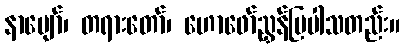
နာပျော်၊ တရားတော်၊ ဟောဖော်ညွှန်ပြပါသတည်း။